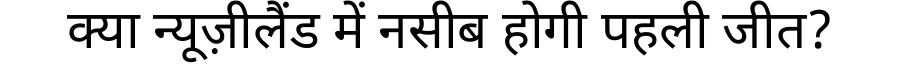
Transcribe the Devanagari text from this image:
क्या न्यूज़ीलैंड में नसीब होगी पहली जीत?